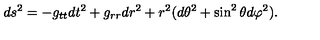
d s ^ { 2 } = - g _ { t t } d t ^ { 2 } + g _ { r r } d r ^ { 2 } + r ^ { 2 } ( d \theta ^ { 2 } + \sin ^ { 2 } \theta d \varphi ^ { 2 } ) .